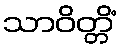
သာဝိတ္တိံ